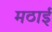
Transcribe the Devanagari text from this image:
मठाई